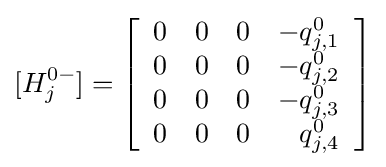
[H_{j}^{0-}]=\left[{\begin{array}{rrrr}0&0&0&-q_{j,1}^{0}\\0&0&0&-q_{j,2}^{0}\\0&0&0&-q_{j,3}^{0}\\0&0&0&q_{j,4}^{0}\\\end{array}}\right]